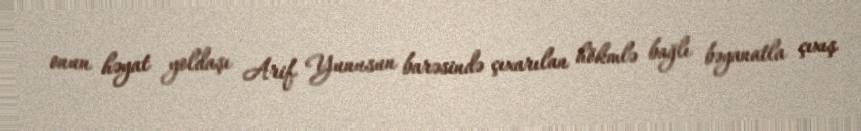
onun həyat yoldaşı Arif Yunusun barəsində çıxarılan hökmlə bağlı bəyanatla çıxış